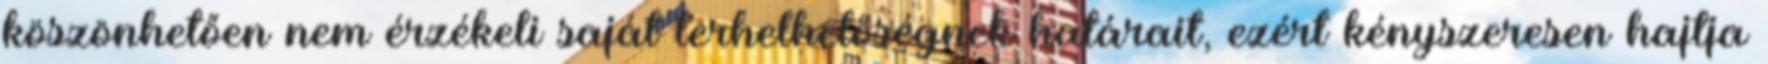
köszönhetően nem érzékeli saját terhelhetőségnek határait, ezért kényszeresen hajtja